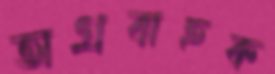
অগ্রবাহক